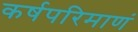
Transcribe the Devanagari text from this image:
कर्षपरिमाणं